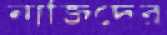
নাজিদের